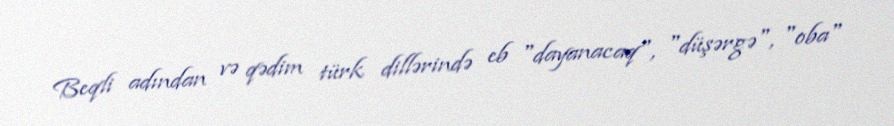
Beqli adından və qədim türk dillərində eb "dayanacaq", "düşərgə", "oba"